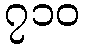
၇၁၀